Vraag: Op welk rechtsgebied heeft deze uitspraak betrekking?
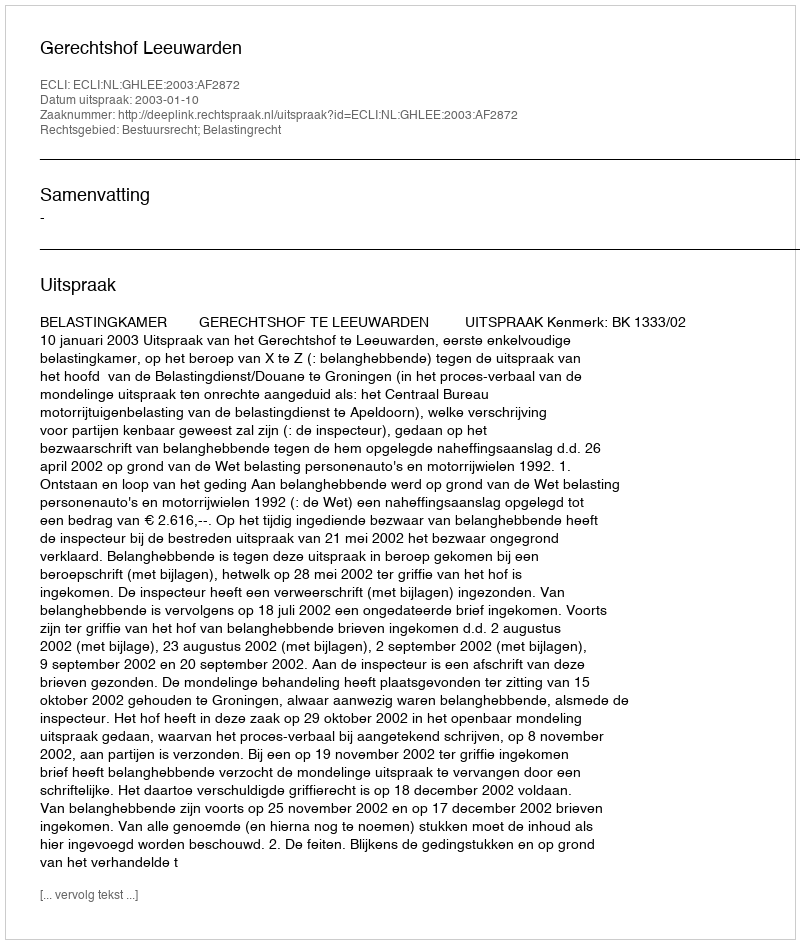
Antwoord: Bestuursrecht; Belastingrecht